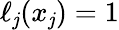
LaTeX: \ell_{\mathit{j}}(x_{\mathit{j}})=1